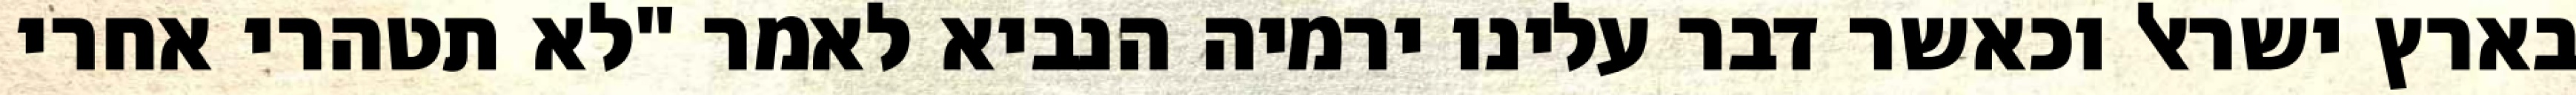
בארץ ישראל וכאשר דבר עלינו ירמיה הנביא לאמר "לא תטהרי אחרי